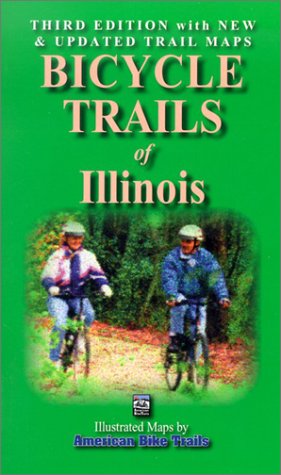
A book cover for Bicycle Trails of Illinois (Illustrated Bicycle Trails Book Series); Ray Hoven; Travel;